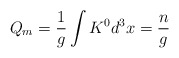
\begin{align*}Q_m=\frac{1}{g} \int K^0 d^3x =\frac{n}{g}\end{align*}